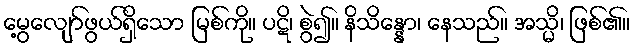
မွေ့လျော်ဖွယ်ရှိသော မြစ်ကို။ ပဋိ၊ စွဲ၍။ နိသိန္နော၊ နေသည်။ အသ္မိ၊ ဖြစ်၏။